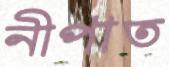
নীপাত